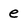
Character: e